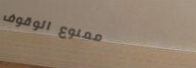
ممنوع الوقوف